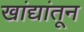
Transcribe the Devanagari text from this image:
खांद्यांतून